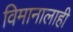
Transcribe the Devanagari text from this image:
विमानालाही